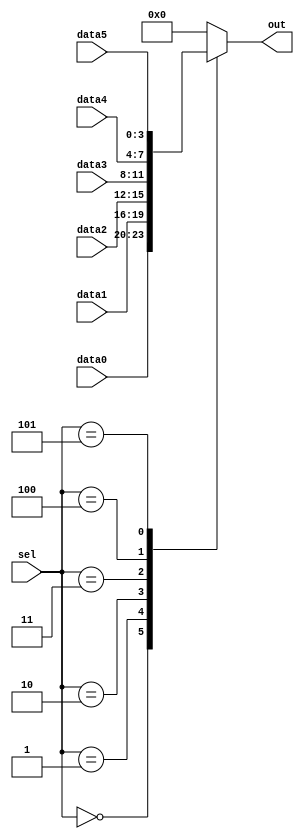
module top_module ( 
    input [2:0] sel, 
    input [3:0] data0,
    input [3:0] data1,
    input [3:0] data2,
    input [3:0] data3,
    input [3:0] data4,
    input [3:0] data5,
    output reg [3:0] out);

    always@(*) begin  
        // here 3'b000 to 3'b101 is used as input [2:0] sel is 3 bit
        case(sel)    
     		3'b000: out = data0; 
            3'b001: out = data1;
            3'b010: out = data2;
            3'b011: out = data3;
            3'b100: out = data4;
            3'b101: out = data5;
			default: out = 4'b0000;
        endcase
    end

endmodule